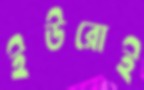
ইউরোই